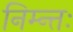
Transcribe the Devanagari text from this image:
निम्न्तः